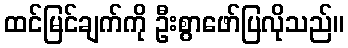
ထင်မြင်ချက်ကို ဦးစွာဖော်ပြလိုသည်။